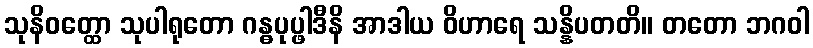
သုနိဝတ္ထော သုပါရုတော ဂန္ဓပုပ္ဖါဒီနိ အာဒါယ ဝိဟာရေ သန္နိပတတိ။ တတော ဘဂဝါ